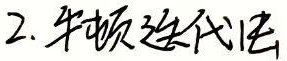
2. 牛顿迭代法